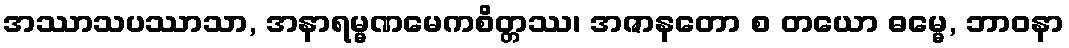
အဿာသပဿာသာ, အနာရမ္မဏမေကစိတ္တဿ၊ အဇာနတော စ တယော ဓမ္မေ, ဘာဝနာ